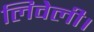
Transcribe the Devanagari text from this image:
लिवेली।